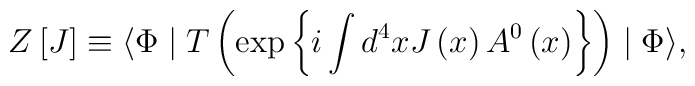
Z\left[ J\right] \equiv \langle \Phi \mid T\left(\exp \left\{i\int d^4xJ\left(x\right) A^0\left(x\right) \right\} \right) \mid\Phi \rangle,